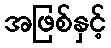
အဖြစ်နှင့်